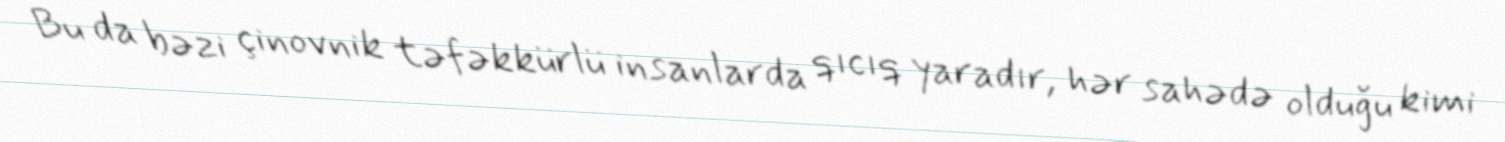
Bu da bəzi çinovnik təfəkkürlü insanlarda qıcıq yaradır, hər sahədə olduğu kimi